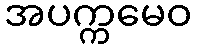
အပက္ကမေဝ